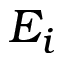
E _ { i }